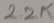
Text: 2.2K